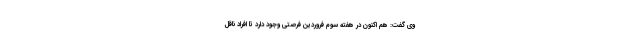
وی گفت: هم اکنون در هفته سوم فروردین فرصتی وجود دارد تا افراد ناقل